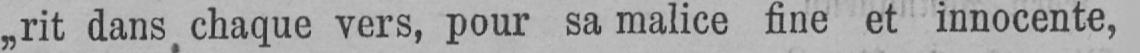
„rit dans chaque vers, pour sa malice fine et innocente,